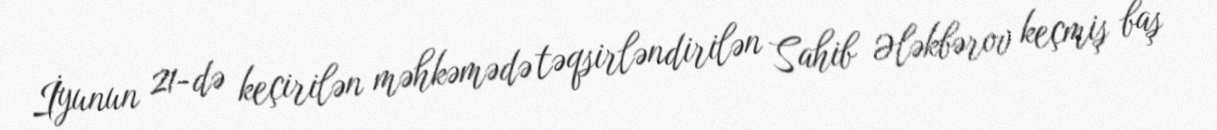
İyunun 21-də keçirilən məhkəmədə təqsirləndirilən Sahib Ələkbərov keçmiş baş